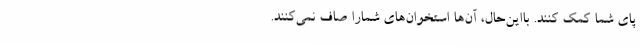
پای شما کمک کنند. بااین‌حال، آن‌ها استخوان‌های شمارا صاف نمی‌کنند.